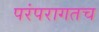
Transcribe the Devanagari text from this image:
परंपरागतच